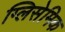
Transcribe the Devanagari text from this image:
ग्लिसेमिक